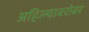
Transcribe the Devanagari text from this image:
अहिल्याबरोबर